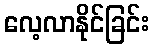
လေ့လာနိုင်ခြင်း